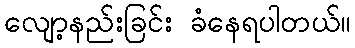
လျော့နည်းခြင်း ခံနေရပါတယ်။